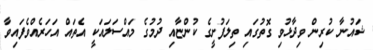
ޝައުނާ ކުރިން ވިދާޅުވި ގޮތުގައި ތިލަފުށީގެ ކުންޏާއި ދުމުގެ މައްސަލައަކީ އެތައް އަހަރެއްވެފައިވާ